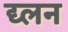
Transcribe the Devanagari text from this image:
द्य्लन